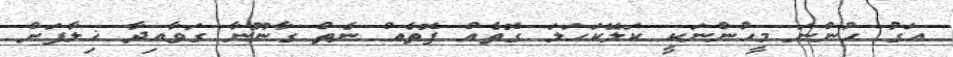
އަގު ހުންނަ މީހުންނަކީ ކަލޭކަހަލަ ގޮތެއް ފޮތެއް ނެތް ގާނޫނާ ގަވާއިދާ ޚިލާފަށް